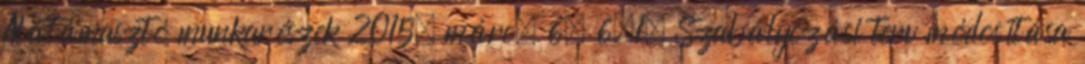
Alátámasztó munkarészek 2015. márc. 6. 6.1. Szabályozási terv módosítása